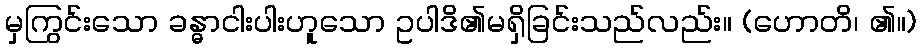
မှကြွင်းသော ခန္ဓာငါးပါးဟူသော ဥပါဒိ၏မရှိခြင်းသည်လည်း။ (ဟောတိ၊ ၏။)